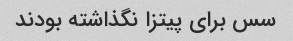
سس برای پیتزا نگذاشته بودند